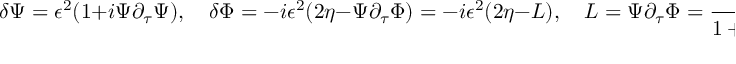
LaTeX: \delta \Psi = \epsilon ^ { 2 } ( 1 + i \Psi \partial _ { \tau } \Psi ) , \quad \delta \Phi = - i \epsilon ^ { 2 } ( 2 \eta - \Psi \partial _ { \tau } \Phi ) = - i \epsilon ^ { 2 } ( 2 \eta - L ) , \quad L = \Psi \partial _ { \tau } \Phi = { \frac { \partial _ { \tau } \Phi D \Phi } { 1 + \sqrt { 1 - ( \partial _ { \tau } \Phi ) ^ { 2 } } } } ,